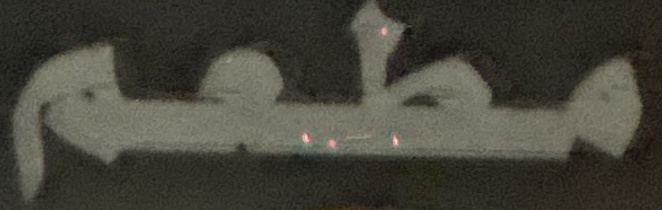
مطعم